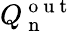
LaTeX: Q_{\mathrm{~n~}}^{\mathrm{~o~u~t~}}